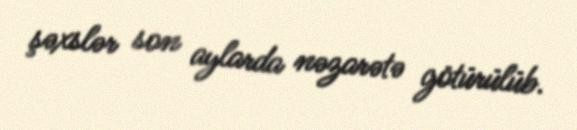
şəxslər son aylarda nəzarətə götürülüb.